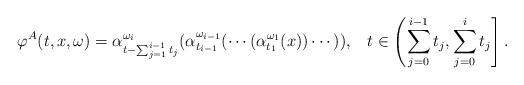
LaTeX: \begin{align*}\varphi^{A}(t,x,\omega)=\alpha_{t-\sum_{j=1}^{i-1}t_{j}}^{\omega_{i}}(\alpha_{t_{i-1}}^{\omega_{i-1}}(\cdots(\alpha_{t_{1}}^{\omega_{1}}(x))\cdots)),\; \; \;t\in \left( \sum_{j=0}^{i-1}t_{j},\sum_{j=0}^{i}t_{j}\right] .\end{align*}